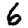
Digit: 6